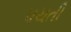
પચતી